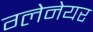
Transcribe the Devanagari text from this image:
ग्लेनेयर